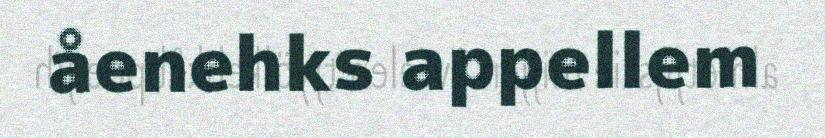
åenehks appellem